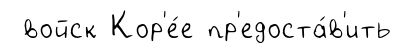
войск Кор'е́е пр'едоста́в'ить